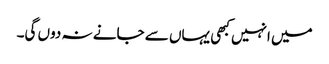
میں انہیں کبھی یہاں سے جانے نہ دوں گی۔